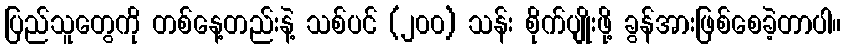
ပြည်သူတွေကို တစ်နေ့တည်းနဲ့ သစ်ပင် (၂၀၀) သန်း စိုက်ပျိုးဖို့ ခွန်အားဖြစ်စေခဲ့တာပါ။